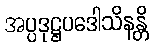
အပ္ပဒုဋ္ဌပဒေါသိနန္တိ